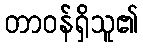
တာဝန်ရှိသူ၏